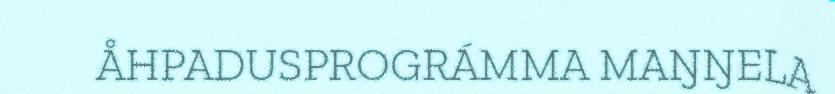
ÅHPADUSPROGRÁMMA MAŊŊELA